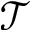
\mathcal { T }